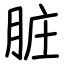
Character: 脏